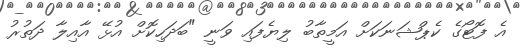
އެ ފޮޓޯގެ ކެޕްޝަނަކަށް އަމީތާބު ލިޔެފައި ވަނީ "ބަދަހިކޮށް އުޅޭ އާއިލާ ދަތުރު